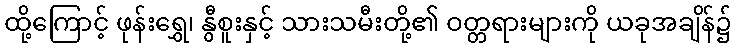
ထို့ကြောင့် ဖုန်းရွှေ၊ နွီစူးနှင့် သားသမီးတို့၏ ဝတ္တရားများကို ယခုအချိန်၌